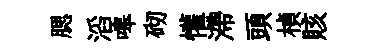
腮滔嗥砌懽滯頭楨賅